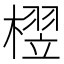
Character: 𬄘